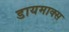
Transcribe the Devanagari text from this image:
डायमाक्स